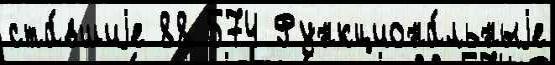
ста́вшиjе 88 574 Функциона́льныjе